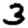
Digit: 3